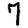
Digit: 7